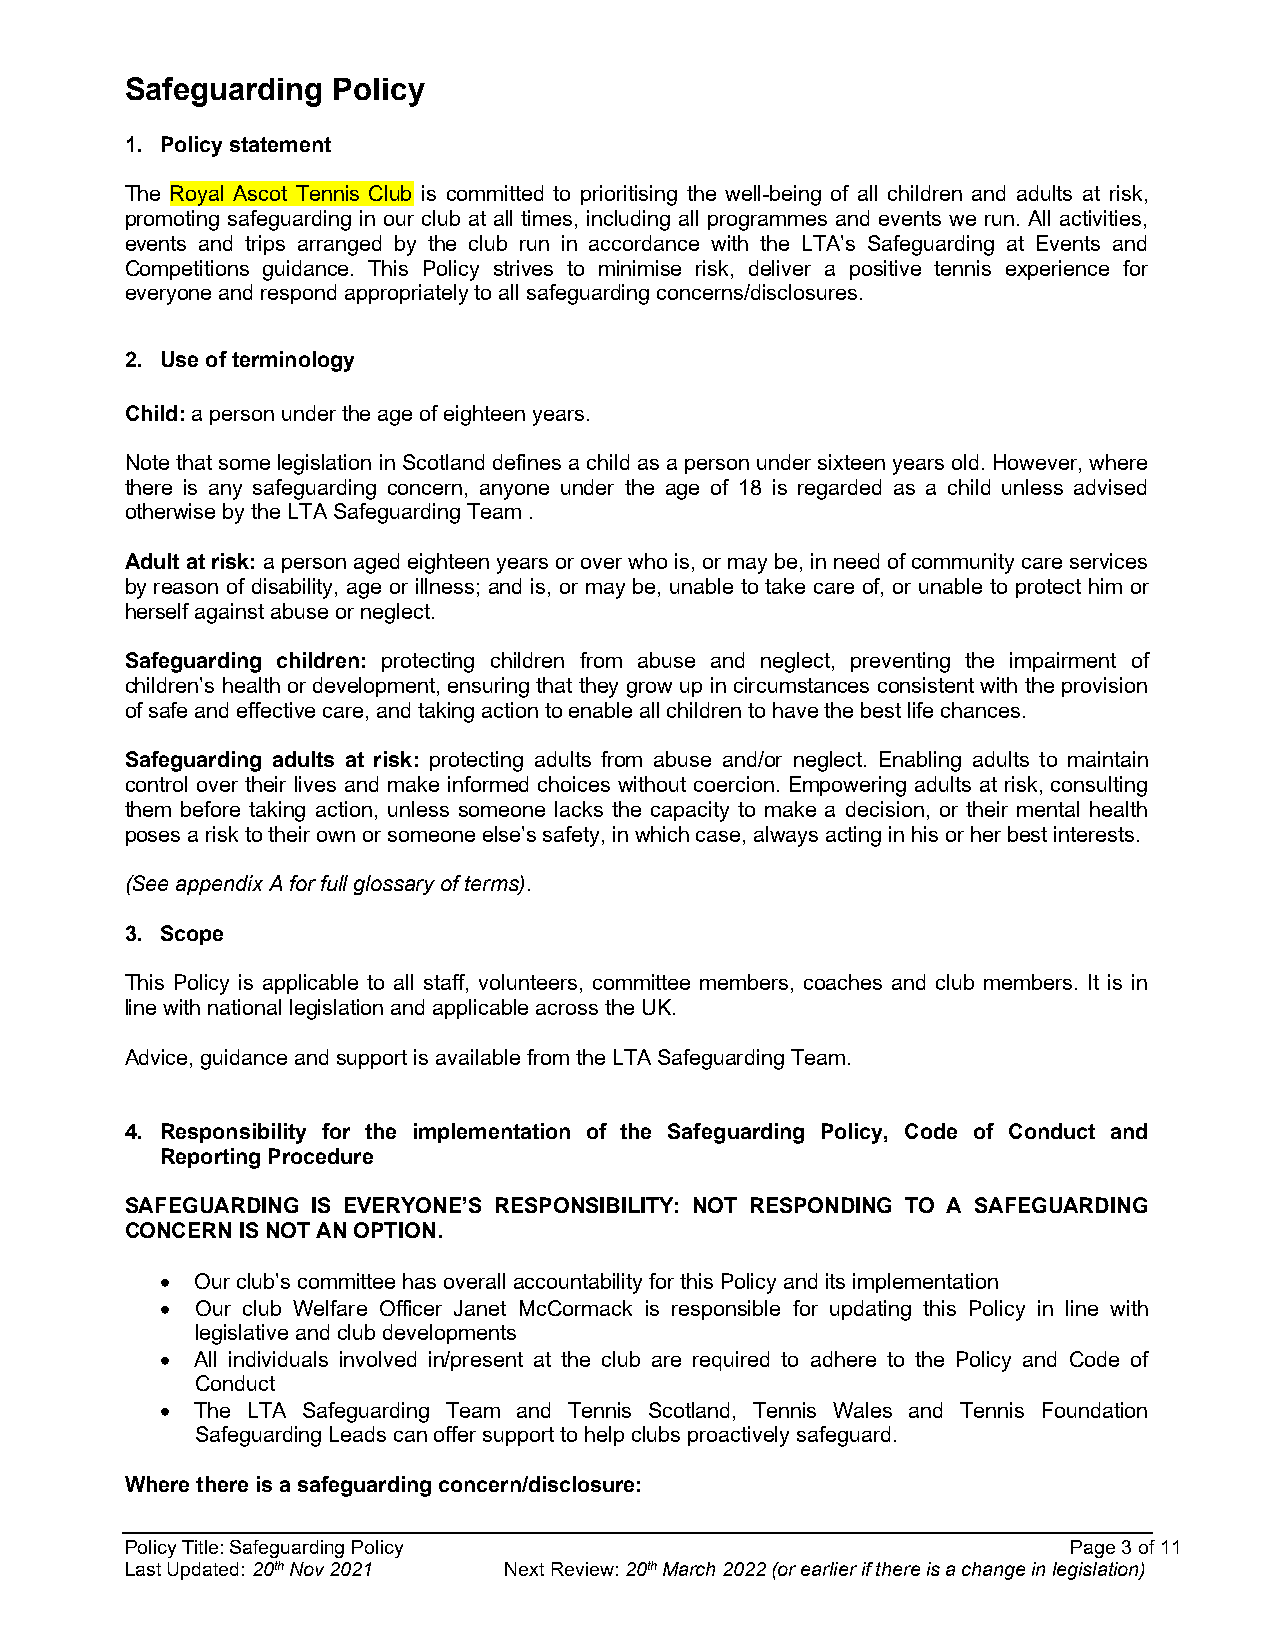
Safeguarding  Policy
 1. Policy statement
 The Royal Ascot Tennis Club is committed to prioritising the well-being of all children and adults at risk,
 promoting safeguarding in our club at all times, including all programmes and events we run. All activities,
 events and trips arranged by the club run in accordance with the LTA’s Safeguarding at Events and
 Competitions guidance. This Policy strives to minimise risk, deliver a positive tennis experience for
 everyone and respond appropriately to all safeguarding concerns/disclosures.
 2. Use of terminology
 Child: a person under the age of eighteen years.
 Note that some legislation in Scotland defines a child as a person under sixteen years old. However, where
 there is any safeguarding concern, anyone under the age of 18 is regarded as a child unless advised
 otherwise by the LTA Safeguarding Team .
 Adult at risk: a person aged eighteen years or over who is, or may be, in need of community care services
 by reason of disability, age or illness; and is, or may be, unable to take care of, or unable to protect him or
 herself against abuse or neglect.
 Safeguarding children: protecting children from abuse and neglect, preventing the impairment of
 children’s health or development, ensuring that they grow up in circumstances consistent with the provision
 of safe and effective care, and taking action to enable all children to have the best life chances.
 Safeguarding adults at risk: protecting adults from abuse and/or neglect. Enabling adults to maintain
 control over their lives and make informed choices without coercion. Empowering adults at risk, consulting
 them before taking action, unless someone lacks the capacity to make a decision, or their mental health
 poses a risk to their own or someone else’s safety, in which case, always acting in his or her best interests.
 (See appendix A for full glossary of terms).
 3. Scope
 This Policy is applicable to all staff, volunteers, committee members, coaches and club members. It is in
 line with national legislation and applicable across the UK.
 Advice, guidance and support is available from the LTA Safeguarding Team.
 4. Responsibility for the implementation of the Safeguarding Policy, Code of Conduct and
 Reporting Procedure
 SAFEGUARDING IS EVERYONE’S RESPONSIBILITY: NOT RESPONDING TO A SAFEGUARDING
 CONCERN IS NOT AN OPTION.
  Our club’s committee has overall accountability for this Policy and its implementation
  Our club Welfare Officer Janet McCormack is responsible for updating this Policy in line with
 legislative and club developments
  All individuals involved in/present at the club are required to adhere to the Policy and Code of
 Conduct
  The LTA Safeguarding Team and Tennis Scotland, Tennis Wales and Tennis Foundation
 Safeguarding Leads can offer support to help clubs proactively safeguard.
 Where there is a safeguarding concern/disclosure:
 Policy Title: Safeguarding Policy                              Page 3 of 11
 Last Updated: 20th Nov 2021 Next Review: 20th March 2022 (or earlier if there is a change in legislation)